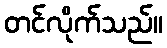
တင်လိုက်သည်။